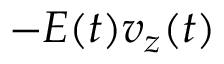
- E ( t ) v _ { z } ( t )